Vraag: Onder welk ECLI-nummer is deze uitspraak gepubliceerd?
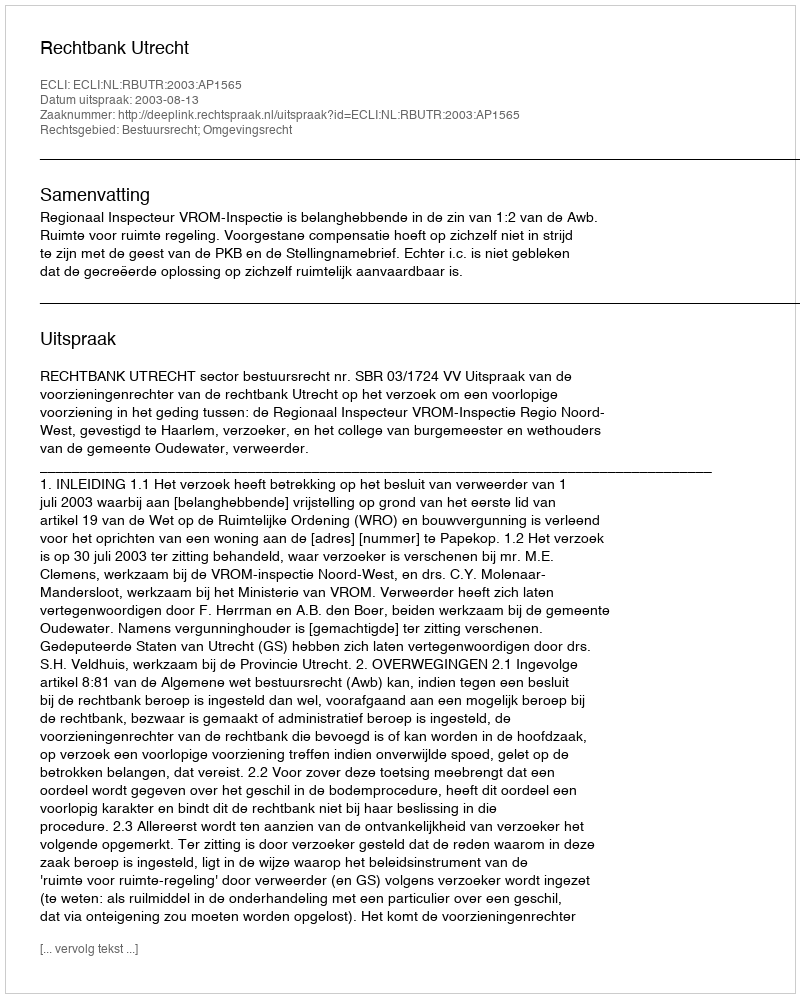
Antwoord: ECLI:NL:RBUTR:2003:AP1565